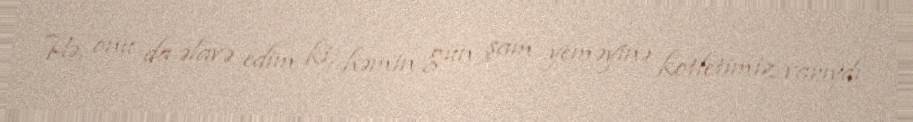
Hə, onu da əlavə edim ki, həmin gün şam yeməyinə kotletimiz varıydı.